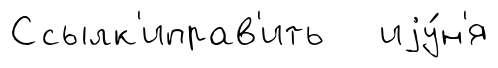
Ссылк'иправ'ить иjу́н'я